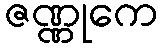
ဇဏ္ဏုကေ